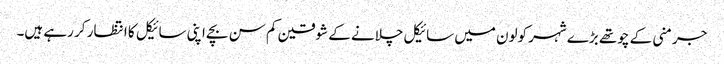
جرمنی کے چوتھے بڑے شہر کولون میں سائیکل چلانے کے شوقین کم سن بچے اپنی سائیکل کا انتظار کر رہے ہیں۔